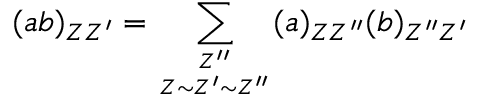
( a b ) _ { Z Z ^ { \prime } } = \sum _ { { Z ^ { \prime \prime } } \atop { Z \sim Z ^ { \prime } \sim Z ^ { \prime \prime } } } ( a ) _ { Z Z ^ { \prime \prime } } ( b ) _ { Z ^ { \prime \prime } Z ^ { \prime } }